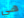
هي